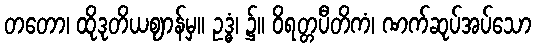
တတော၊ ထိုဒုတိယဈာန်မှ။ ဥဒ္ဓံ၊ ၌။ ဝိရတ္တပီတိကံ၊ ဏက်ဆုပ်အပ်သော